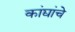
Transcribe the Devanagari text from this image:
कांद्यांचे